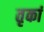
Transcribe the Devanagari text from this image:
तृकां